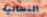
النسائية